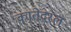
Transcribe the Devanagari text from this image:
कातेदरल